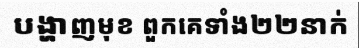
បង្ហាញមុខ ពួកគេទាំង២២នាក់